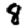
Digit: 8